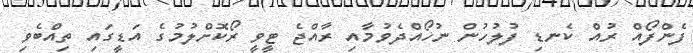
ފެންފޯއް ރުއް ކެނޑި ފުލުހުން ނުހޯއްދެވުމާއި ރާއްޖެ ޓީވީ ރޯކޮށްލުމުގެ އަޑީގައި ތިއްބެވި